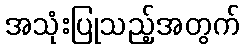
အသုံးပြုသည့်အတွက်